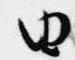
由